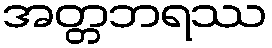
အတ္တဘရဿ